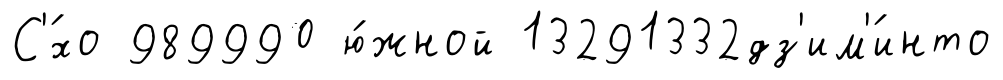
С'́хо 989990 ю́жной 13291332дз'им'́инто